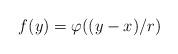
LaTeX: \begin{align*}f(y)=\varphi((y-x)/r)\end{align*}